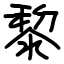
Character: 黎